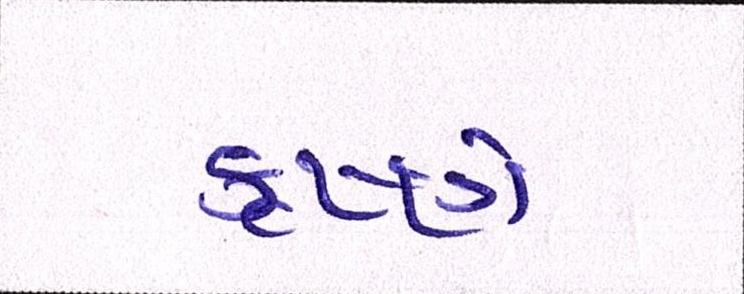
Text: કૃષ્ણે